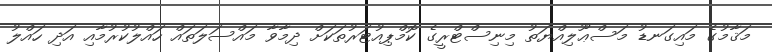
މަޤާމުގެ މައިގަނޑު މަސްޢޫލިއްޔަތު މިނިސްޓްރީގެ ކޮމްޕިއުޓަރުތަކަށް ދިމާވާ މައްސަލަތައް ހައްލުކުރުމާއި އަދި ހައްލު